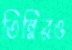
তিন্নিরও